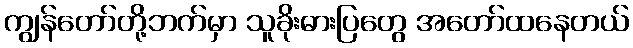
ကျွန်တော်တို့ဘက်မှာ သူခိုးဓားပြတွေ အတော်ထနေတယ်